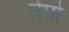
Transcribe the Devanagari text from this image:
नेपो